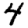
Digit: 4